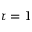
\tau = 1